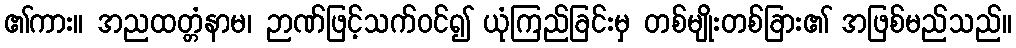
၏ကား။ အညထတ္တံနာမ၊ ဉာဏ်ဖြင့်သက်ဝင်၍ ယုံကြည်ခြင်းမှ တစ်မျိုးတစ်ခြား၏ အဖြစ်မည်သည်။